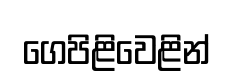
ගෙපිළිවෙළින්